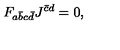
F _ { a \bar { b } c \bar { d } } J ^ { \bar { c } d } = 0 ,